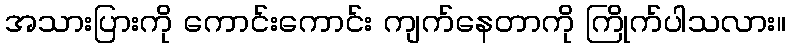
အသားပြားကို ကောင်းကောင်း ကျက်နေတာကို ကြိုက်ပါသလား။